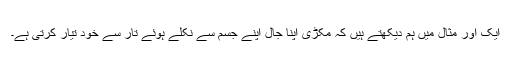
ایک اور مثال میں ہم دیکھتے ہیں کہ مکڑی اپنا جال اپنے جسم سے نکلے ہوئے تار سے خود تیار کرتی ہے۔